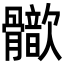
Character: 𩪢